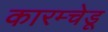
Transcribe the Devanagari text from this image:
कारम्चेडू